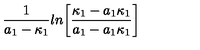
{ \frac { 1 } { a _ { 1 } - \kappa _ { 1 } } } l n \biggl [ { \frac { \kappa _ { 1 } - a _ { 1 } \kappa _ { 1 } } { a _ { 1 } - a _ { 1 } \kappa _ { 1 } } } \biggr ]